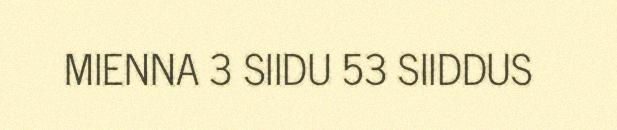
MIENNA 3 SIIDU 53 SIIDDUS